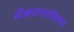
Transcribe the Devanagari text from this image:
वीआरएससीएक्स